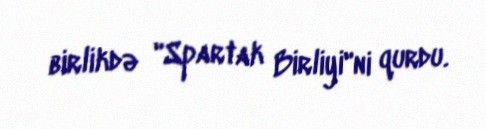
birlikdə "Spartak Birliyi"ni qurdu.